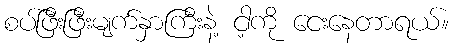
စပ်ဖြီးဖြီးမျက်နှာကြီးနဲ့ ငါ့ကို ငေးနေတာရယ်။